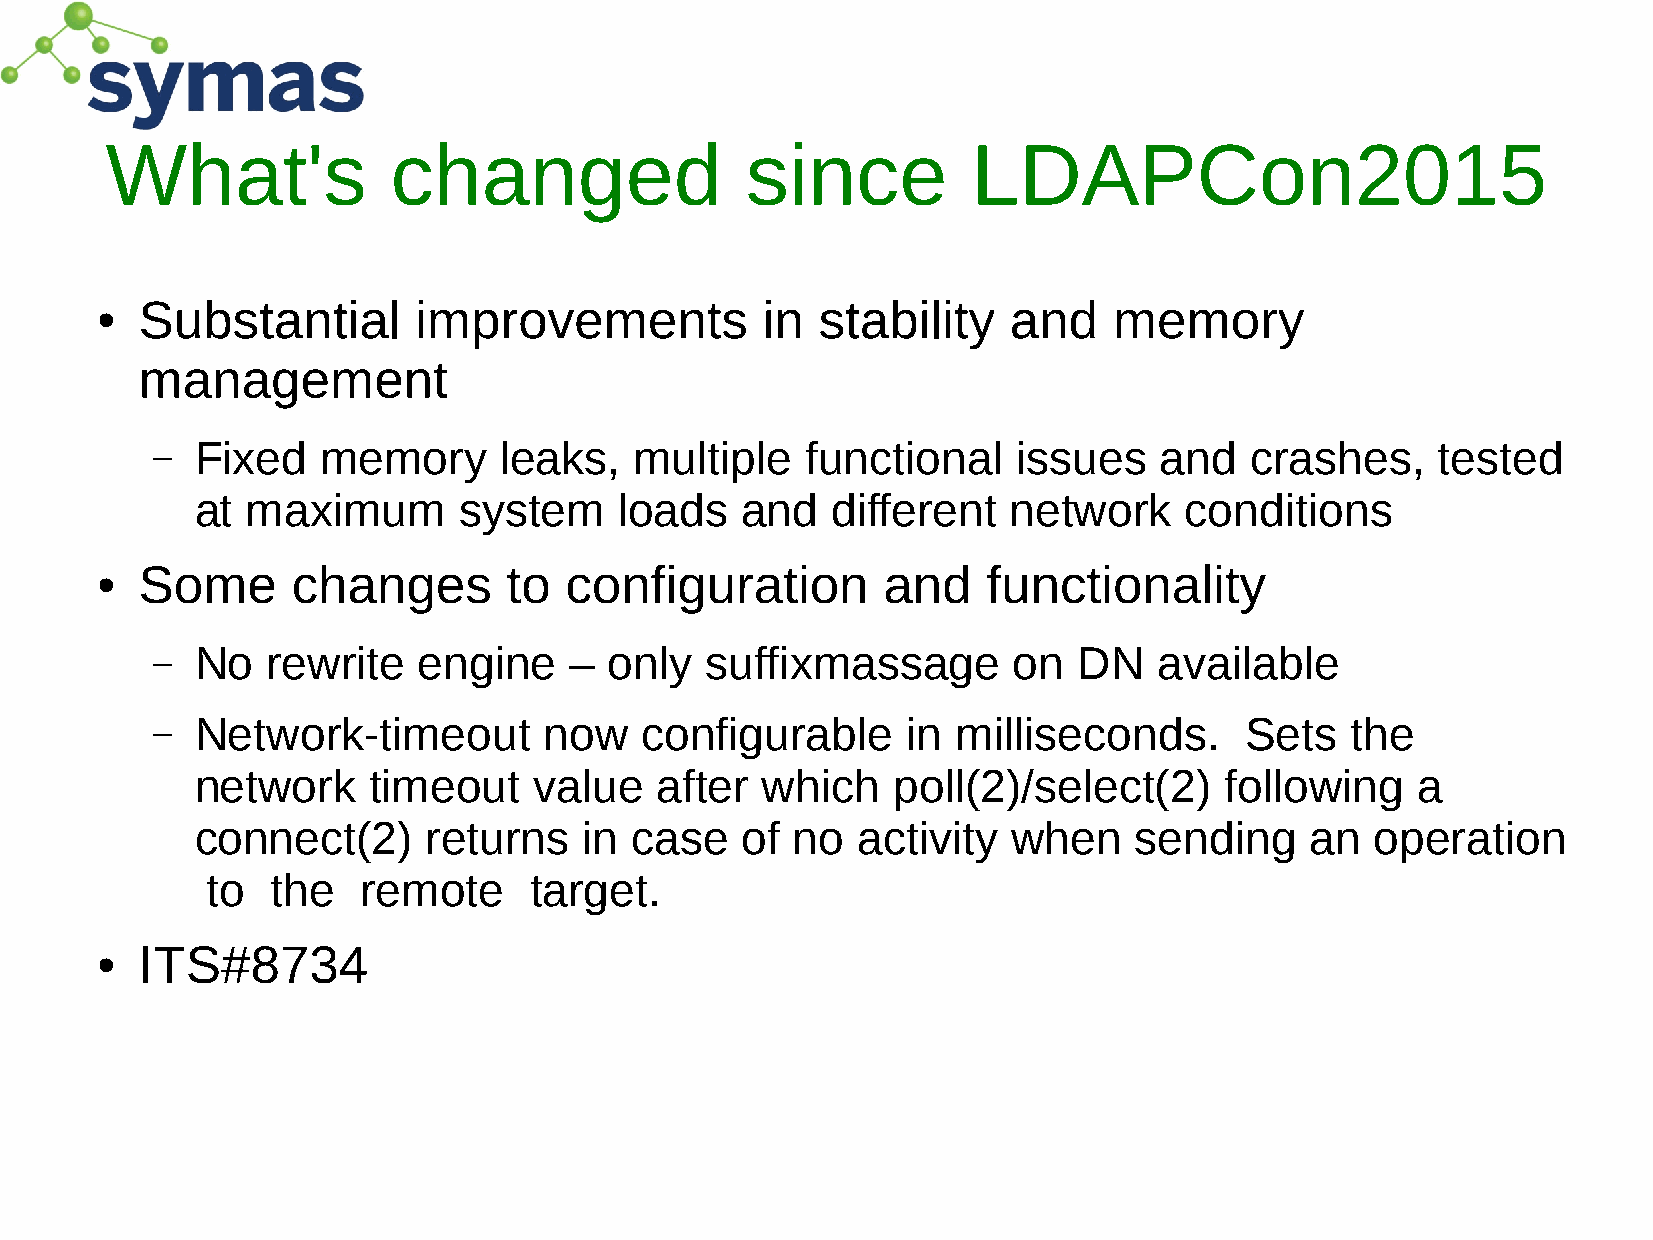
What's             changed                since          LDAPCon2015
 Substantial       improvements           in  stability    and    memory
 ●
 management
 –  Fixed   memory      leaks,   multiple   functional    issues    and   crashes,    tested
 at maximum       system     loads   and   different   network    conditions
 Some      changes        to configuration        and    functionality
 ●
 –  No   rewrite   engine    – only   suffixmassage       on  DN    available
 –  Network-timeout        now   configurable      in milliseconds.      Sets   the
 network    timeout    value   after  which    poll(2)/select(2)     following    a
 connect(2)     returns    in case   of  no  activity  when    sending     an  operation
 to  the   remote     target.
 ITS#8734
 ●